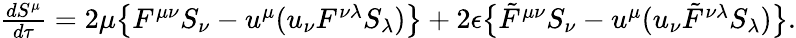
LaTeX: \begin{array}{c}{{{\frac{dS^{\mu}}{d\tau}}=2\mu\big\{ F^{\mu\nu}S_{\nu}-u^{\mu}(u_{\nu}F^{\nu\lambda}S_{\lambda})\big\} +2\epsilon\big\{ {\tilde{F}}^{\mu\nu}S_{\nu}-u^{\mu}(u_{\nu}{\tilde{F}}^{\nu\lambda}S_{\lambda})\big\} .}}\end{array}